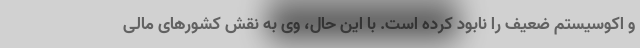
و اکوسیستم ضعیف را نابود کرده است. با این حال، وی به نقش کشورهای مالی